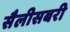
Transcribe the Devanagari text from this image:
सैलीसबरी